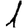
Digit: 1